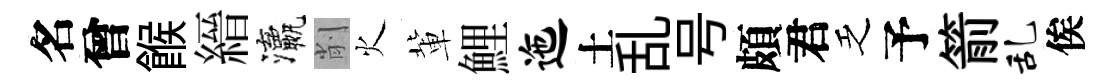
名曾餱縉瀛削火軰鯉迤土乱号頗君乏予箭乱俟